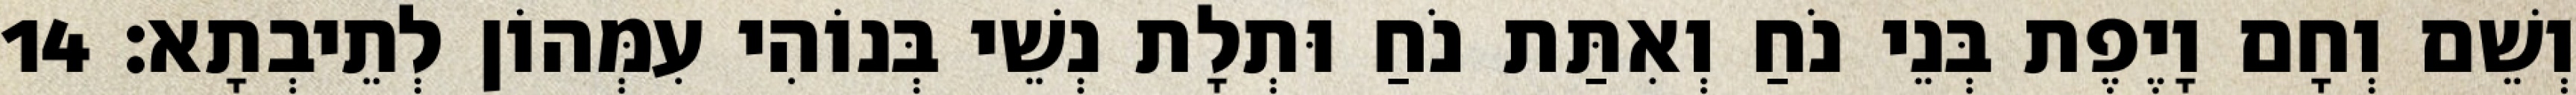
וְשֵׁם וְחָם וָיֶפֶת בְּנֵי נֹחַ וְאִתַּת נֹחַ וּתְלָת נְשֵׁי בְּנוֹהִי עִמְּהוֹן לְתֵיבְתָא׃ 14